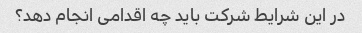
در این شرایط شرکت باید چه اقدامی انجام دهد؟